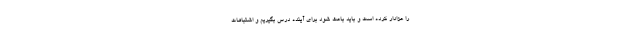
را عزادار کرده است و باید باعث شود برای آینده درس بگیریم و اشتباهات